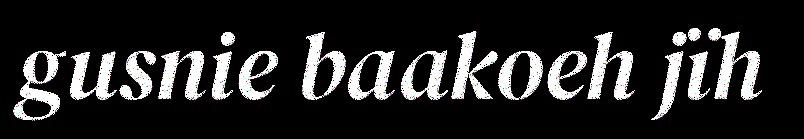
gusnie baakoeh jïh